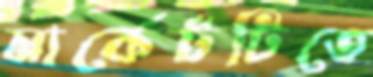
মার্কেটটিতে